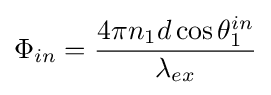
\Phi _{in}={\frac {4\pi n_{1}d\cos \theta _{1}^{in}}{\lambda _{ex}}}